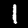
Digit: 1